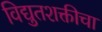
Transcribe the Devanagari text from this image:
विद्युतशक्तीचा